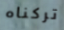
تركناه